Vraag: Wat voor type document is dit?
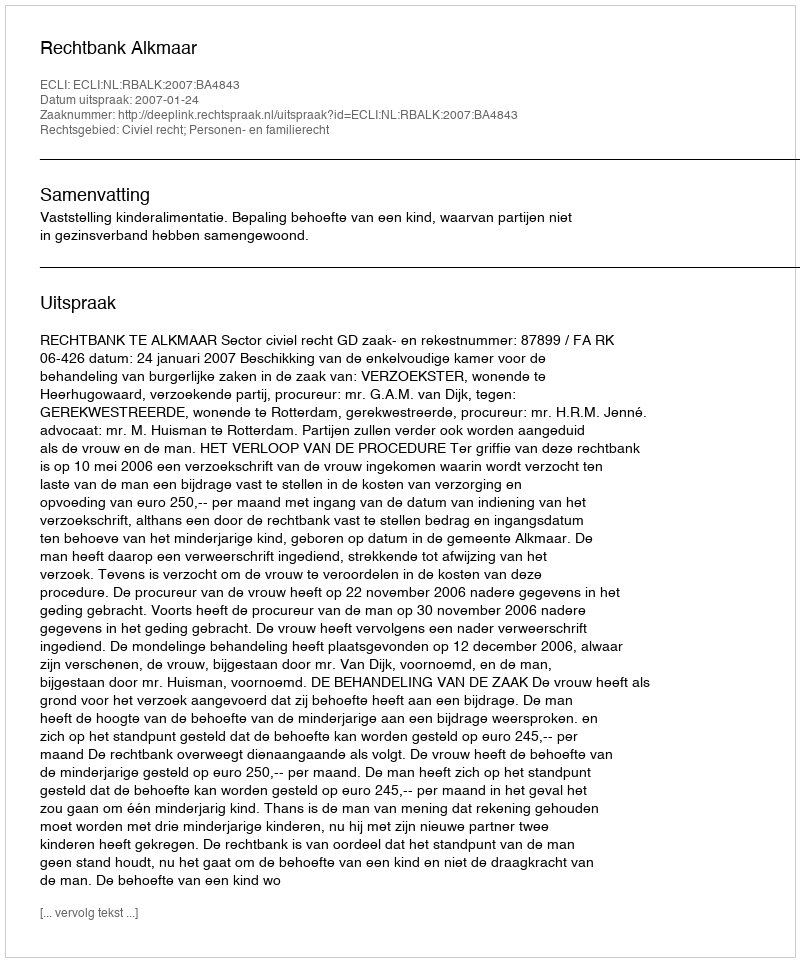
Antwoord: Uitspraak